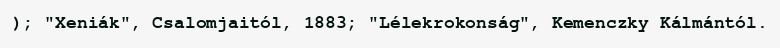
); "Xeniák", Csalomjaitól, 1883; "Lélekrokonság", Kemenczky Kálmántól.